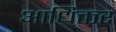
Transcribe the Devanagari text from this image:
आधिक्तर